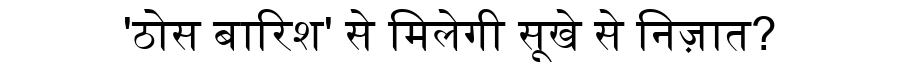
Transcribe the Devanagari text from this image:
'ठोस बारिश' से मिलेगी सूखे से निज़ात?